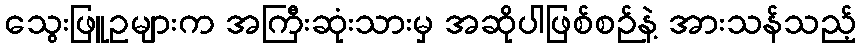
သွေးဖြူဥများက အကြီးဆုံးသားမှ အဆိုပါဖြစ်စဉ်နဲ့ အားသန်သည့်